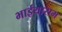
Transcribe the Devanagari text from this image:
भाईयाराम